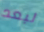
لبعد